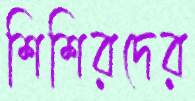
শিশিরদের